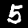
Digit: 5